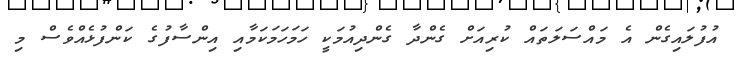
އުފުލައިގެން އެ މައްސަލަތައް ކުރިއަށް ގެންދާ ގެންދިއުމަކީ ހަމަހަމަކަމާއި އިންސާފުގެ ކަންފުޅެއްވެސް މި